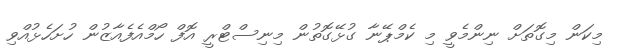
މިކަން މިގޮތަށް ނިންމެވީ މި ކެމްޕޭނާ ގުޅޭގޮތުން މިނިސްޓްރީ އޮފް ހޯމްއެފެއާޒުން ހުށަހެޅުއްވި